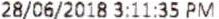
28/06/2018 3:11:35 PM